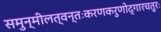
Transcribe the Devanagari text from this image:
समुन्मीलत्वन्तःकरणकरुणोद्गारचतुरः